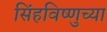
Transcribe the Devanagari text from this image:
सिंहविष्णुच्या